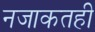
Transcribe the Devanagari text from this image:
नजाकतही